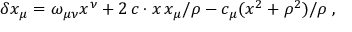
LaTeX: \delta x _ { \mu } = \omega _ { \mu \nu } x ^ { \nu } + 2 \, c \cdot x \, x _ { \mu } / \rho - c _ { \mu } ( x ^ { 2 } + \rho ^ { 2 } ) / \rho \; ,